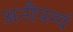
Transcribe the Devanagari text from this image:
अनौपम्यं